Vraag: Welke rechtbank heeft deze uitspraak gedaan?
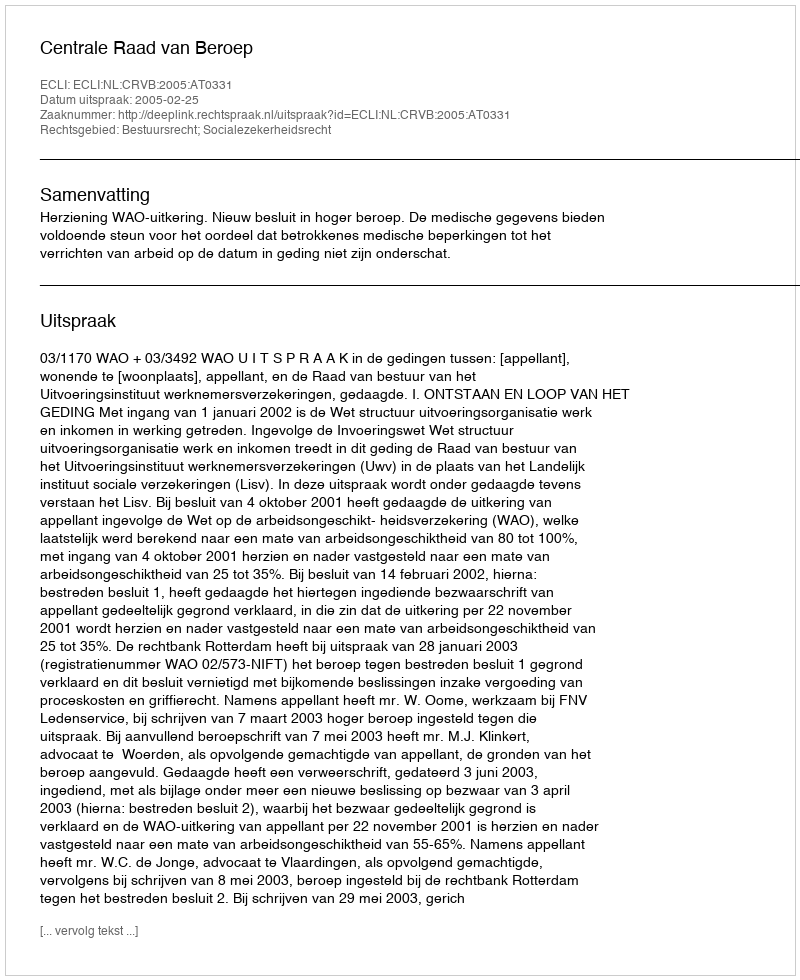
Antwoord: Centrale Raad van Beroep